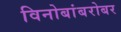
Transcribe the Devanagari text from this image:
विनोबांबरोबर